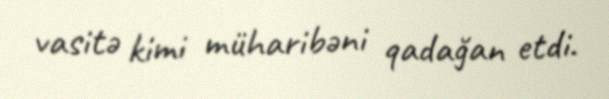
vasitə kimi müharibəni qadağan etdi.